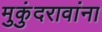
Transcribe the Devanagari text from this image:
मुकुंदरावांना